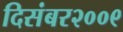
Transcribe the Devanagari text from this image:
दिसंबर२००९